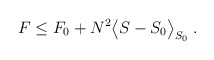
\begin{align*}F\le F_0 + N^2\big<S - S_0 \big>_{S_0} \; . \end{align*}